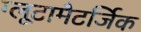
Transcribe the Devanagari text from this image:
ग्लूटामैटर्जिक